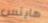
هايتس